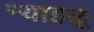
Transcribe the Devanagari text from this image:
न्याहळू